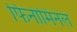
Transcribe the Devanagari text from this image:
फिनामिनल